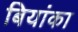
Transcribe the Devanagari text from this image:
बियांका